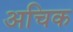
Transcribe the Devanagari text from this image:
अचिक